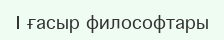
I ғасыр философтары